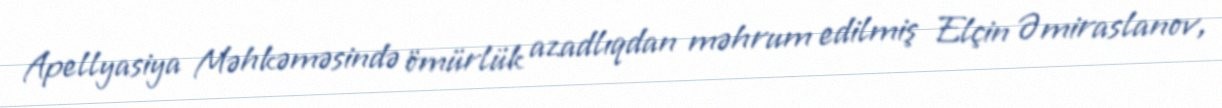
Apellyasiya Məhkəməsində ömürlük azadlıqdan məhrum edilmiş Elçin Əmiraslanov,